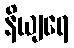
နိယျရေ